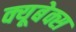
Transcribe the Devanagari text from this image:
क्यूबेक्स